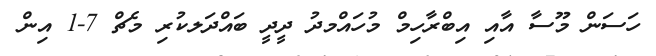
ހަސަން މޫސާ އާއި އިބްރާހިމް މުހައްމދު ދީދީ ބައްދަލކުރި މެޗް 7-1 އިން